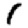
Digit: 1